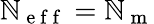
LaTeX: \mathbb{N}_{\mathrm{{~e~f~f~}}}=\mathbb{N}_{\mathrm{{~m~}}}